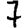
Digit: 7